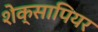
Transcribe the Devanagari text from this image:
शेक्सापियर